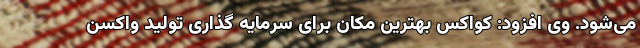
می‌شود. وی افزود: کواکس بهترین مکان برای سرمایه گذاری تولید واکسن